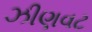
ઝીણવટ